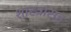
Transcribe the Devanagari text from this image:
शास्त्रांसह